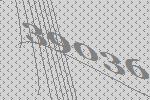
39036